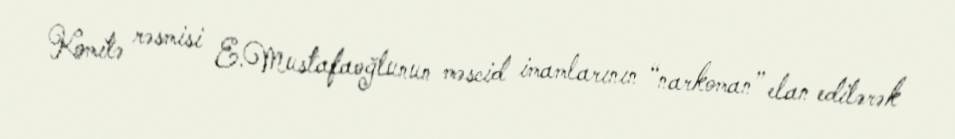
Komitə rəsmisi E.Mustafaoğlunun məscid imamlarının “narkoman” elan edilərək